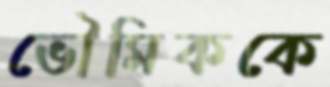
ভৌমিককে